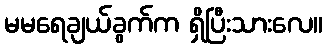
မမရေချယ်ခွက်က ရှိပြီးသားလေ။